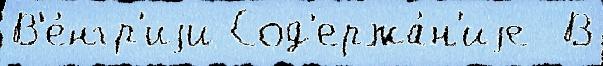
В'е́нгр'иjи Сод'ержа́н'иjе  В